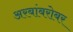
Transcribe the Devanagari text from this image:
अरबांबरोबर